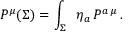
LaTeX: P ^ { \mu } ( \Sigma ) = \int _ { \Sigma } \; \; \eta _ { a } \, { \cal P } ^ { a \, \mu } \, .